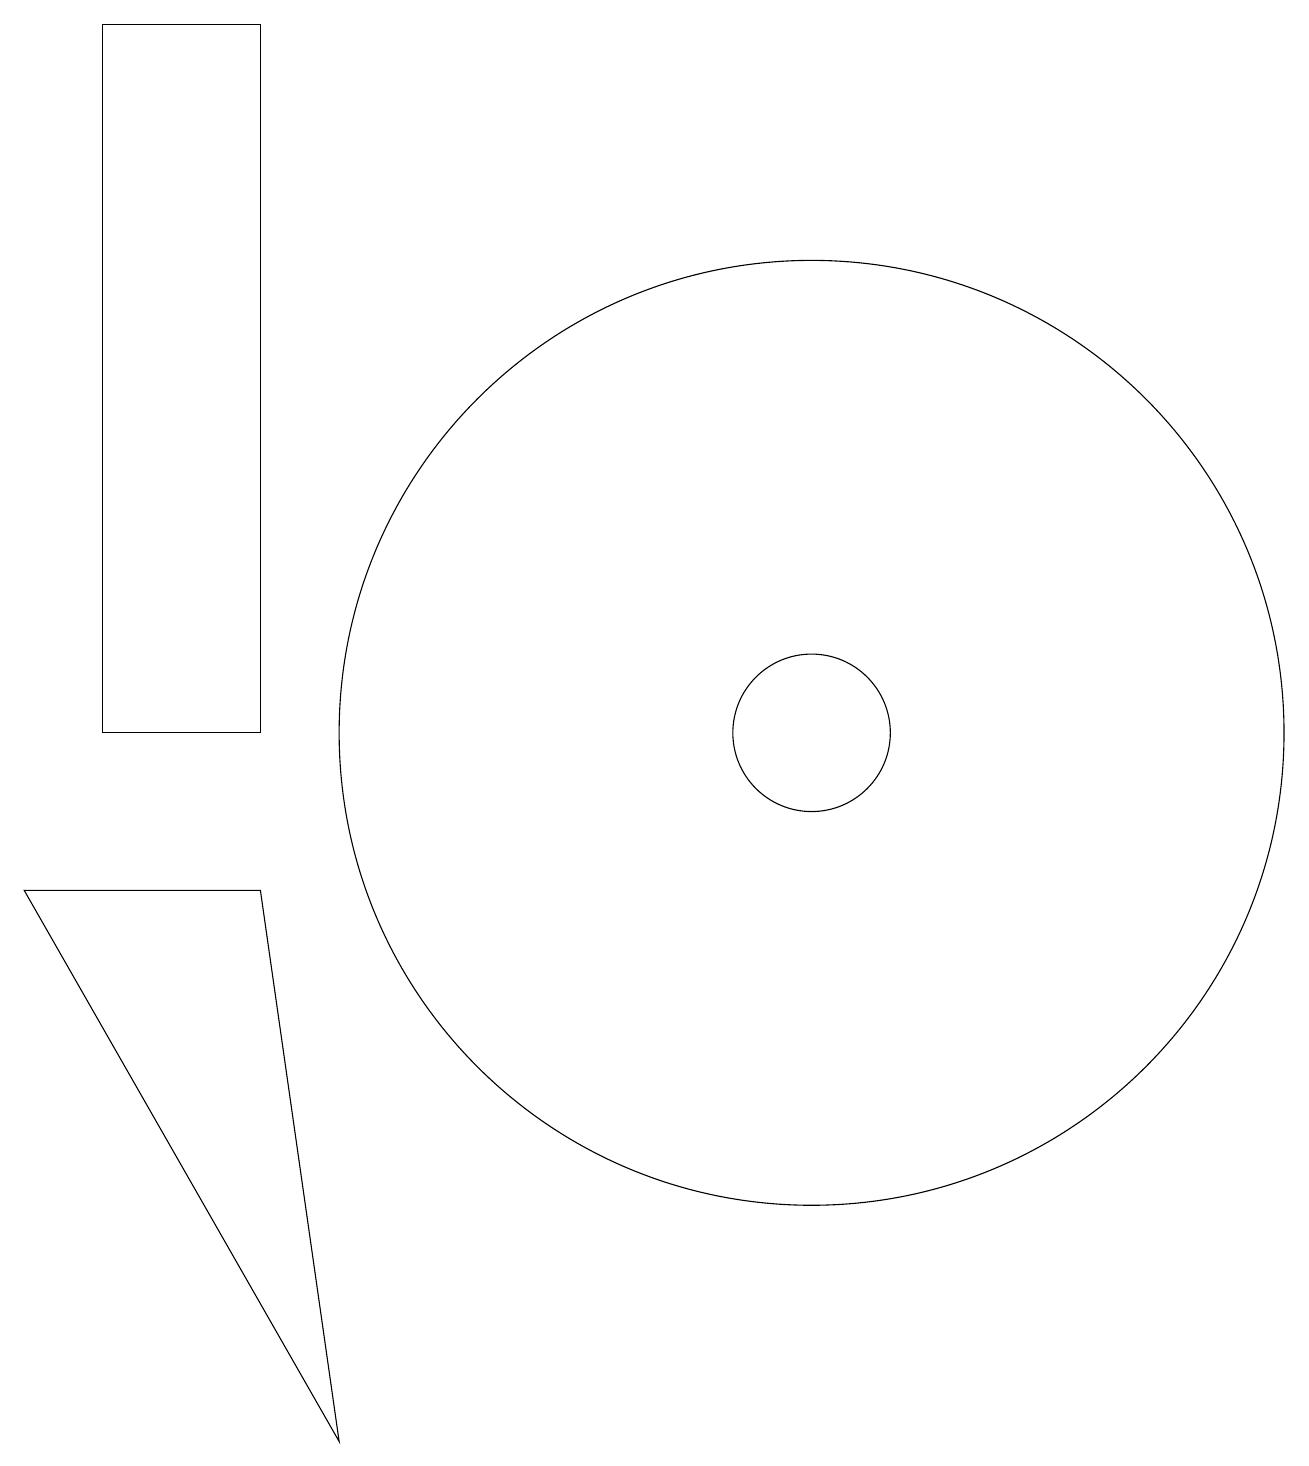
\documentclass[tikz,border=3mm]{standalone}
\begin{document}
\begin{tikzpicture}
\draw (10,10) circle (6);
\draw (10,10) circle (1);
\draw (0,8) -- (4,1) -- (3,8) -- cycle;
\draw (3,19) rectangle (1,10);
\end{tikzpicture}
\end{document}